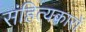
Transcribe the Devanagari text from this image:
संहित्यकारों